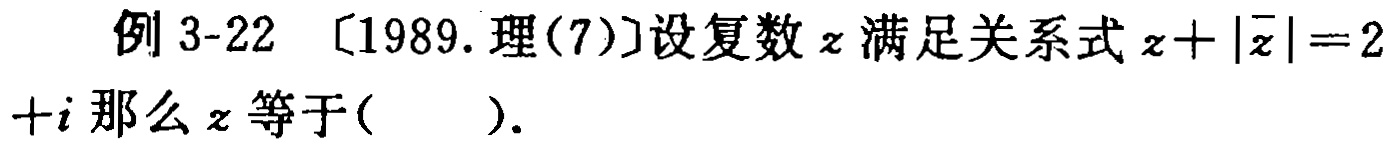
例 3-22 〔1989.理(7)〕设复数\(z\)满足关系式\(z + |\overline{z}| = 2 + i\)那么\(z\)等于( ).